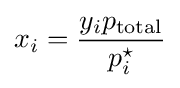
x_{i}={\frac {y_{i}p_{\text{total}}}{p_{i}^{\star }}}